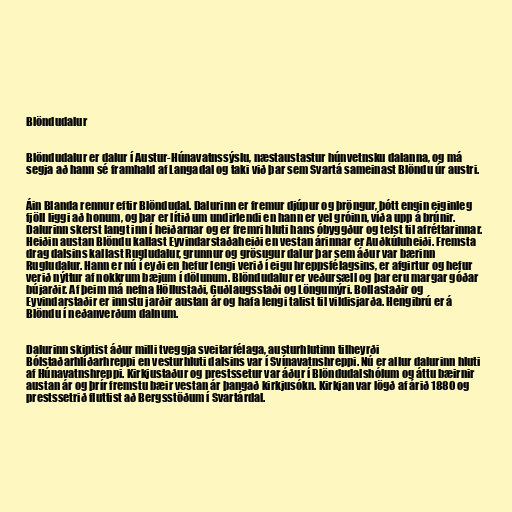
Blöndudalur

Blöndudalur er dalur í Austur-Húnavatnssýslu, næstaustastur húnvetnsku dalanna, og má
segja að hann sé framhald af Langadal og taki við þar sem Svartá sameinast Blöndu úr austri.

Áin Blanda rennur eftir Blöndudal. Dalurinn er fremur djúpur og þröngur, þótt engin eiginleg
fjöll liggi að honum, og þar er lítið um undirlendi en hann er vel gróinn, víða upp á brúnir.
Dalurinn skerst langt inn í heiðarnar og er fremri hluti hans óbyggður og telst til afréttarinnar.
Heiðin austan Blöndu kallast Eyvindarstaðaheiði en vestan árinnar er Auðkúluheiði. Fremsta
drag dalsins kallast Rugludalur, grunnur og grösugur dalur þar sem áður var bærinn
Rugludalur. Hann er nú í eyði en hefur lengi verið í eigu hreppsfélagsins, er afgirtur og hefur
verið nýttur af nokkrum bæjum í dölunum. Blöndudalur er veðursæll og þar eru margar góðar
bújarðir. Af þeim má nefna Höllustaði, Guðlaugsstaði og Löngumýri. Bollastaðir og
Eyvindarstaðir er innstu jarðir austan ár og hafa lengi talist til vildisjarða. Hengibrú er á
Blöndu í neðanverðum dalnum.

Dalurinn skiptist áður milli tveggja sveitarfélaga, austurhlutinn tilheyrði
Bólstaðarhlíðarhreppi en vesturhluti dalsins var í Svínavatnshreppi. Nú er allur dalurinn hluti
af Húnavatnshreppi. Kirkjustaður og prestssetur var áður í Blöndudalshólum og áttu bæirnir
austan ár og þrír fremstu bæir vestan ár þangað kirkjusókn. Kirkjan var lögð af árið 1880 og
prestssetrið fluttist að Bergsstöðum í Svartárdal.